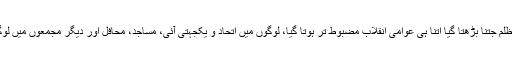
آپ کے طرفداروں سے جیل بھری شاہ کا ظلم جتنا بڑھتا گیا اتنا ہی عوامی انقلاب مضبوط تر ہوتا گیا، لوگوں میں اتحاد و یکجہتی آئی، مساجد، محافل اور دیگر مجمعوں میں لوگوں نے وسیع پیمانہ پر اتحاد کا مظاہر کیا۔